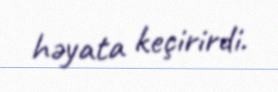
həyata keçirirdi.